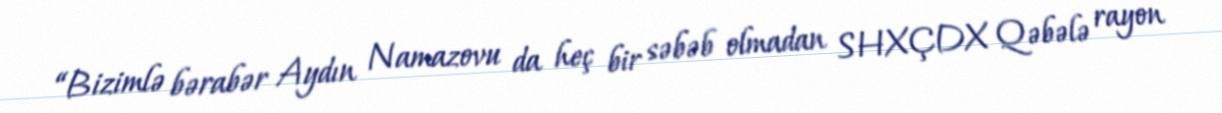
“Bizimlə bərabər Aydın Namazovu da heç bir səbəb olmadan SHXÇDX Qəbələ rayon